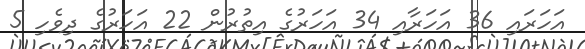
އަހަރައި 36 އަހަރާއި 34 އަހަރުގެ އިތުރުން 22 އަހަރުގެ ދިވެހި 5